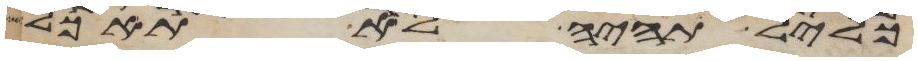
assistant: כליל תהיה לא תאכל